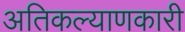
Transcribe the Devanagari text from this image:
अतिकल्याणकारी